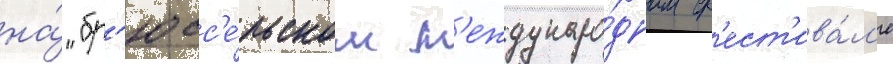
на́ "бр'юсс'е́льском м'еждунаро́дном ф'ест'ива́л'е